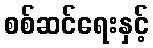
စစ်ဆင်ရေးနှင့်